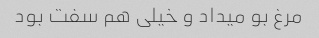
مرغ بو میداد و خیلی هم سفت بود